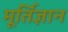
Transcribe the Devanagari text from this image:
मूर्तिज्ञान